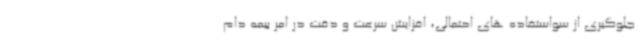
جلوگیری از سواستفاده های احتمالی، افزایش سرعت و دقت در امر بیمه دام